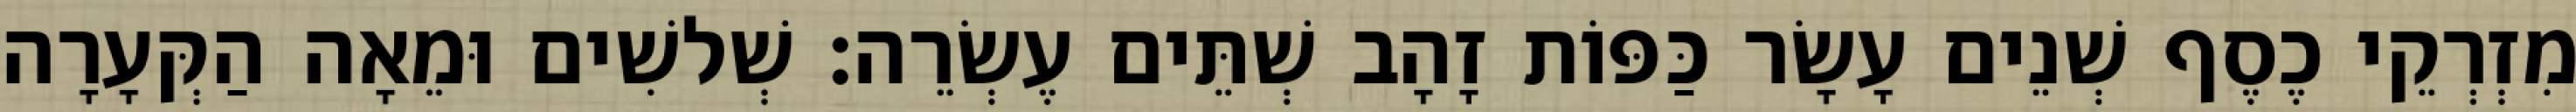
מִזְרְקֵי כֶסֶף שְׁנֵים עָשָׂר כַּפּוֹת זָהָב שְׁתֵּים עֶשְׂרֵה׃ שְׁלשִׁים וּמֵאָה הַקְּעָרָה